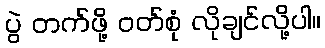
ပွဲ တက်ဖို့ ဝတ်စုံ လိုချင်လို့ပါ။